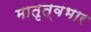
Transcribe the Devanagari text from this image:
मातृत्वभार